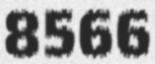
8566